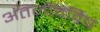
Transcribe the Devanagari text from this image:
अंतर्जीवविष